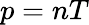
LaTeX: p=nT